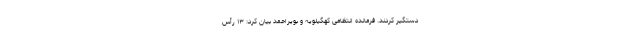
دستگیر کردند. فرمانده انتظامی کهگیلویه و بویراحمد بیان کرد: ۱۳ رأس